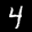
Label: 4